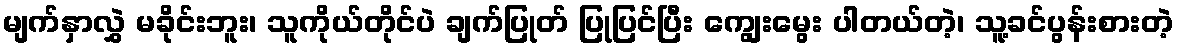
မျက်နှာလွှဲ မခိုင်းဘူး၊ သူကိုယ်တိုင်ပဲ ချက်ပြုတ် ပြုပြင်ပြီး ကျွေးမွေး ပါတယ်တဲ့၊ သူ့ခင်ပွန်းစားတဲ့